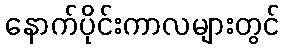
နောက်ပိုင်းကာလများတွင်